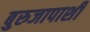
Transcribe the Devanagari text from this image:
बुरुजापाशी